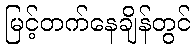
မြင့်တက်နေချိန်တွင်